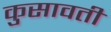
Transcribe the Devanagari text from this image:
कुसावती